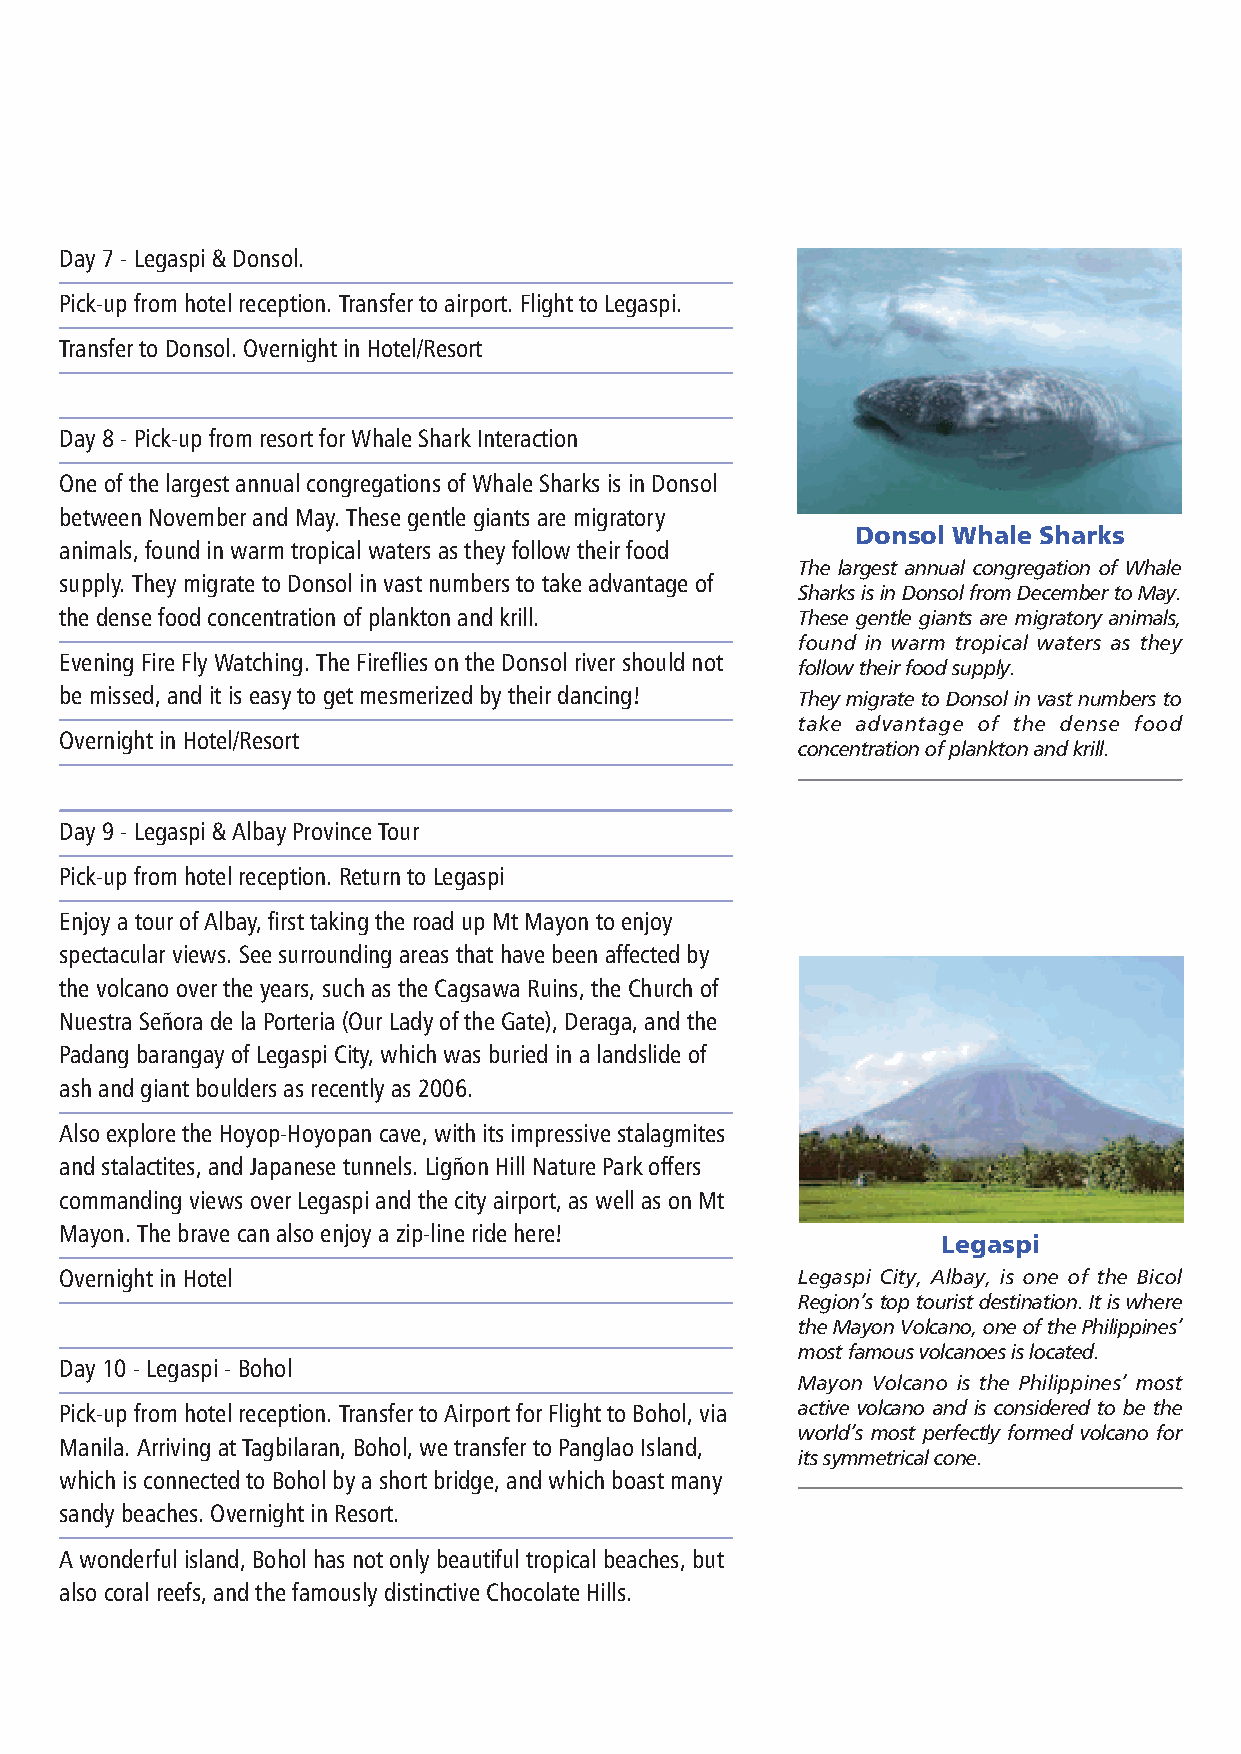
Day 7 - Legaspi & Donsol.
 Pick-up from hotel reception. Transfer to airport. Flight to Legaspi.
 Transfer to Donsol. Overnight in Hotel/Resort
 Day 8 - Pick-up from resort for Whale Shark Interaction
 One of the largest annual congregations of Whale Sharks is in Donsol
 between November and May. These gentle giants are migratory
 Donsol Whale Sharks
 animals, found in warm tropical waters as they follow their food
 The largest annual congregation of Whale
 supply. They migrate to Donsol in vast numbers to take advantage of
 Sharks is in Donsol from December to May.
 the dense food concentration of plankton and krill. These gentle giants are migratory animals,
 found in warm tropical waters as they
 Evening Fire Fly Watching. The Fireflies on the Donsol river should not
 follow their food supply.
 be missed, and it is easy to get mesmerized by their dancing! They migrate to Donsol in vast numbers to
 take advantage of the dense food
 Overnight in Hotel/Resort
 concentration of plankton and krill.
 Day 9 - Legaspi & Albay Province Tour
 Pick-up from hotel reception. Return to Legaspi
 Enjoy a tour of Albay, first taking the road up Mt Mayon to enjoy
 spectacular views. See surrounding areas that have been affected by
 the volcano over the years, such as the Cagsawa Ruins, the Church of
 Nuestra Señora de la Porteria (Our Lady of the Gate), Deraga, and the
 Padang barangay of Legaspi City, which was buried in a landslide of
 ash and giant boulders as recently as 2006.
 Also explore the Hoyop-Hoyopan cave, with its impressive stalagmites
 and stalactites, and Japanese tunnels. Ligñon Hill Nature Park offers
 commanding views over Legaspi and the city airport, as well as on Mt
 Mayon. The brave can also enjoy a zip-line ride here!
 Legaspi
 Overnight in Hotel                               Legaspi City, Albay, is one of the Bicol
 Region’s top tourist destination. It is where
 the Mayon Volcano, one of the Philippines’
 most famous volcanoes is located.
 Day 10 - Legaspi - Bohol
 Mayon Volcano is the Philippines’ most
 Pick-up from hotel reception. Transfer to Airport for Flight to Bohol, via active volcano and is considered to be the
 world’s most perfectly formed volcano for
 Manila. Arriving at Tagbilaran, Bohol, we transfer to Panglao Island,
 its symmetrical cone.
 which is connected to Bohol by a short bridge, and which boast many
 sandy beaches. Overnight in Resort.
 A wonderful island, Bohol has not only beautiful tropical beaches, but
 also coral reefs, and the famously distinctive Chocolate Hills.